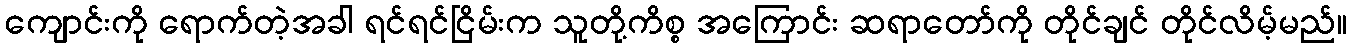
ကျောင်းကို ရောက်တဲ့အခါ ရင်ရင်ငြိမ်းက သူတို့ကိစ္စ အကြောင်း ဆရာတော်ကို တိုင်ချင် တိုင်လိမ့်မည်။